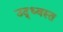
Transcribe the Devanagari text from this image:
उद्‍ध्वस्त